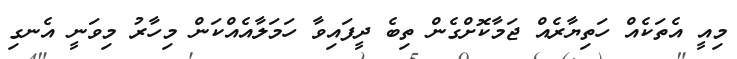
މިއީ އެތަކެއް ހަތިޔާރެއް ޖަމާކޮށްގެން ތިބެ ދީފައިވާ ހަމަލާއެއްކަން މިހާރު މިވަނީ އެނގި